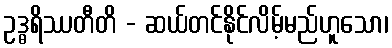
ဥဒ္ဓရိဿတီတိ - ဆယ်တင်နိုင်လိမ့်မည်ဟူသော၊